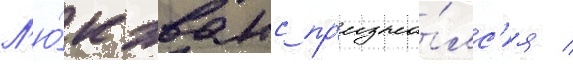
Л'ю́к эванс пр'изна́лс'я /